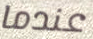
عندما